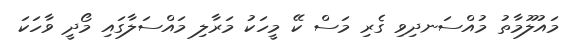
މައުލޫމާތު މުއްސަނދިވި ގެރި މަސް ކޭ މީހަކު މަރާލި މައްސަލާގައި މޯދީ ވާހަކަ